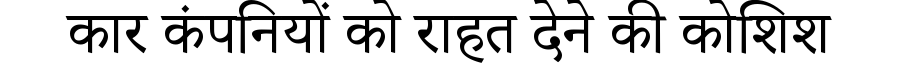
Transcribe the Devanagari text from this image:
कार कंपनियों को राहत देने की कोशिश